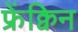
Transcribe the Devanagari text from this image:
फ्रेंक्विन